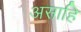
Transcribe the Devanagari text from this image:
असाहि